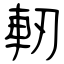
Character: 軔